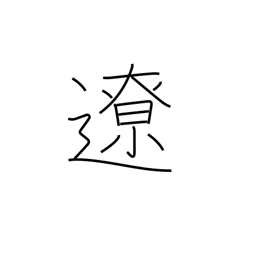
Meaning: distant